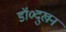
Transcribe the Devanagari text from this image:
डॉ०दुखन